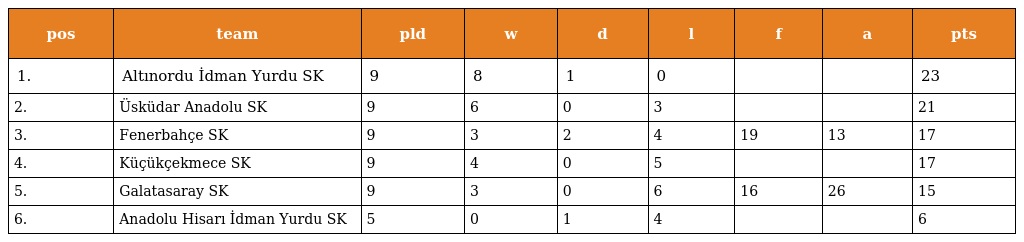
| pos | team | pld | w | d | l | f | a | pts |
 | --- | --- | --- | --- | --- | --- | --- | --- | --- |
 | 1. | Altınordu İdman Yurdu SK | 9 | 8 | 1 | 0 |  |  | 23 |
 | 2. | Üsküdar Anadolu SK | 9 | 6 | 0 | 3 |  |  | 21 |
 | 3. | Fenerbahçe SK | 9 | 3 | 2 | 4 | 19 | 13 | 17 |
 | 4. | Küçükçekmece SK | 9 | 4 | 0 | 5 |  |  | 17 |
 | 5. | Galatasaray SK | 9 | 3 | 0 | 6 | 16 | 26 | 15 |
 | 6. | Anadolu Hisarı İdman Yurdu SK | 5 | 0 | 1 | 4 |  |  | 6 |